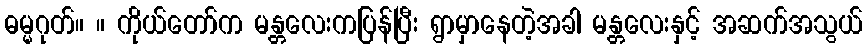
ဓမ္မဂုတ်။ ။ ကိုယ်တော်က မန္တလေးကပြန်ပြီး ရွာမှာနေတဲ့အခါ မန္တလေးနှင့် အဆက်အသွယ်